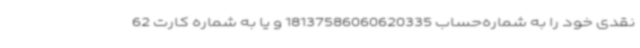
نقدی خود را به شماره‌حساب 18137586060620335 و یا به شماره کارت 62